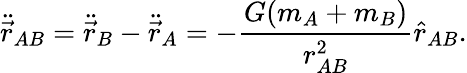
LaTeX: \ddot{\vec{r}}_{AB}=\ddot{\vec{r}}_{B}-\ddot{\vec{r}}_{A}=-\frac{G(m_{A}+m_{B})}{r_{AB}^{2}}\hat{r}_{AB}.